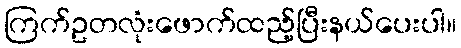
ကြက်ဥတလုံးဖောက်ထည့်ပြီးနယ်ပေးပါ။